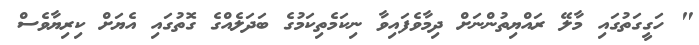
" ހަގީގަތުގައި މާލޭ ރައްޔިތުންނަށް ދިމާވެފައިވާ ނިކަމެތިކަމުގެ ބަދަލެއްގެ ގޮތުގައި އެޔަށް ކިރިޔާވެސް